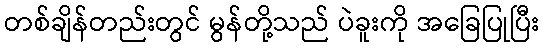
တစ်ချိန်တည်းတွင် မွန်တို့သည် ပဲခူးကို အခြေပြုပြီး